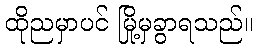
ထိုညမှာပင် မြို့မှခွာရသည်။